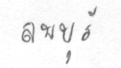
ลพบุรี